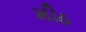
મીઠ